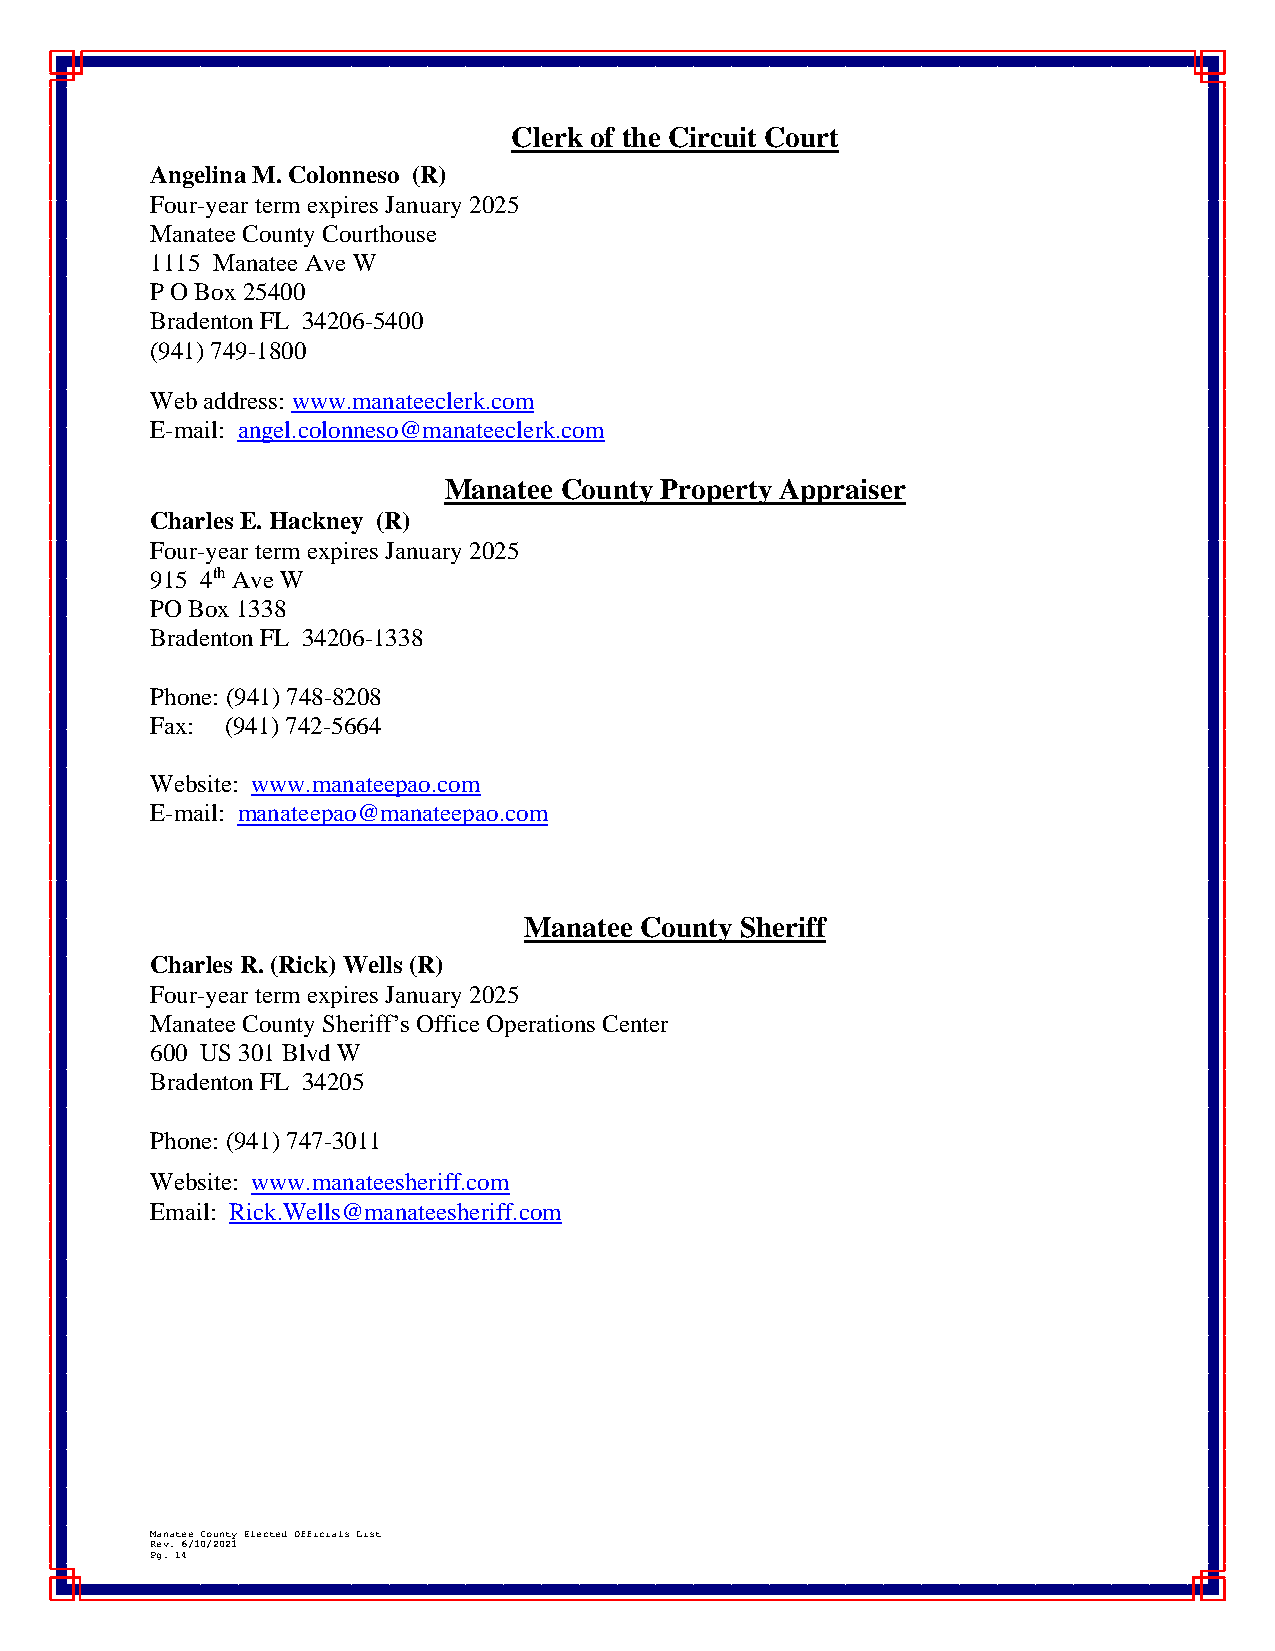
Clerk of the Circuit Court
 Angelina M. Colonneso (R)
 Four-year term expires January 2025
 Manatee County Courthouse
 1115 Manatee Ave W
 P O Box 25400
 Bradenton FL 34206-5400
 (941) 749-1800
 Web address: www.manateeclerk.com
 E-mail: angel.colonneso@manateeclerk.com
 Manatee County Property Appraiser
 Charles E. Hackney (R)
 Four-year term expires January 2025
 915 4th Ave W
 PO Box 1338
 Bradenton FL 34206-1338
 Phone: (941) 748-8208
 Fax: (941) 742-5664
 Website: www.manateepao.com
 E-mail: manateepao@manateepao.com
 Manatee County Sheriff
 Charles R. (Rick) Wells (R)
 Four-year term expires January 2025
 Manatee County Sheriff’s Office Operations Center
 600 US 301 Blvd W
 Bradenton FL 34205
 Phone: (941) 747-3011
 Website: www.manateesheriff.com
 Email: Rick.Wells@manateesheriff.com
 Manatee County Elected Officials List
 Rev. 6/10/2021
 Pg. 14